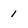
Character: 1